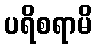
ပရိစရာမိ